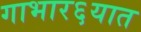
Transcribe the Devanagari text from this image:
गाभार६यात